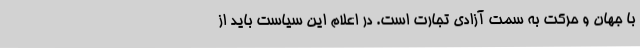
با جهان و حرکت به سمت آزادی تجارت است. در اعلام این سیاست باید از